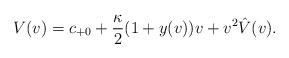
\begin{align*} V(v)=c_{+0}+\frac{\kappa}{2}(1+y(v))v+v^2\hat{V}(v).\end{align*}